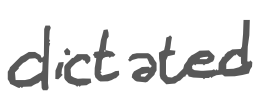
Text: dictated
Cross-out: clean
Writing tool: digital_gray